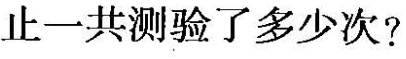
止一共测验了多少次?